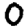
Digit: 0